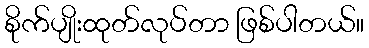
စိုက်ပျိုးထုတ်လုပ်တာ ဖြစ်ပါတယ်။